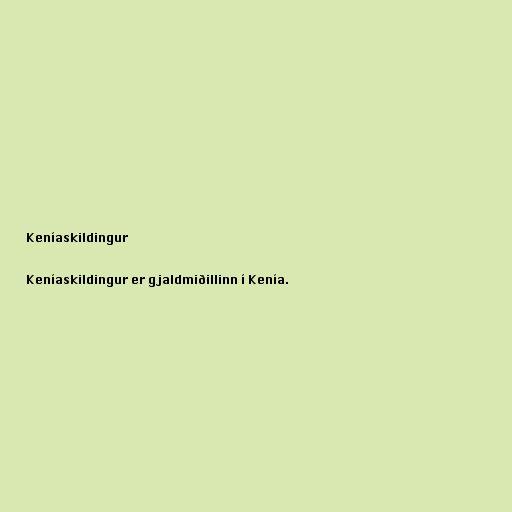
Keníaskildingur

Keníaskildingur er gjaldmiðillinn í Kenía.